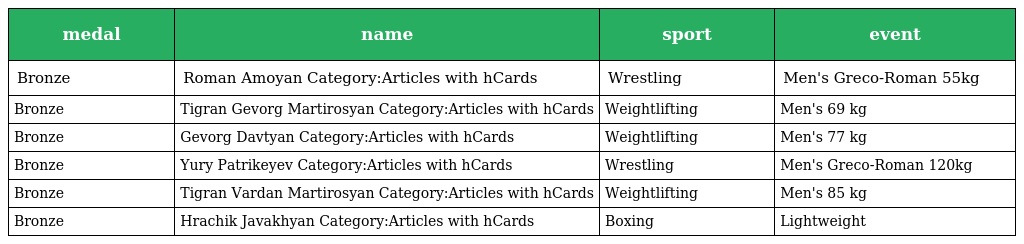
| medal | name | sport | event |
 | --- | --- | --- | --- |
 | Bronze | Roman Amoyan Category:Articles with hCards | Wrestling | Men's Greco-Roman 55kg |
 | Bronze | Tigran Gevorg Martirosyan Category:Articles with hCards | Weightlifting | Men's 69 kg |
 | Bronze | Gevorg Davtyan Category:Articles with hCards | Weightlifting | Men's 77 kg |
 | Bronze | Yury Patrikeyev Category:Articles with hCards | Wrestling | Men's Greco-Roman 120kg |
 | Bronze | Tigran Vardan Martirosyan Category:Articles with hCards | Weightlifting | Men's 85 kg |
 | Bronze | Hrachik Javakhyan Category:Articles with hCards | Boxing | Lightweight |